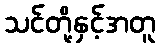
သင်တို့နှင့်အတူ